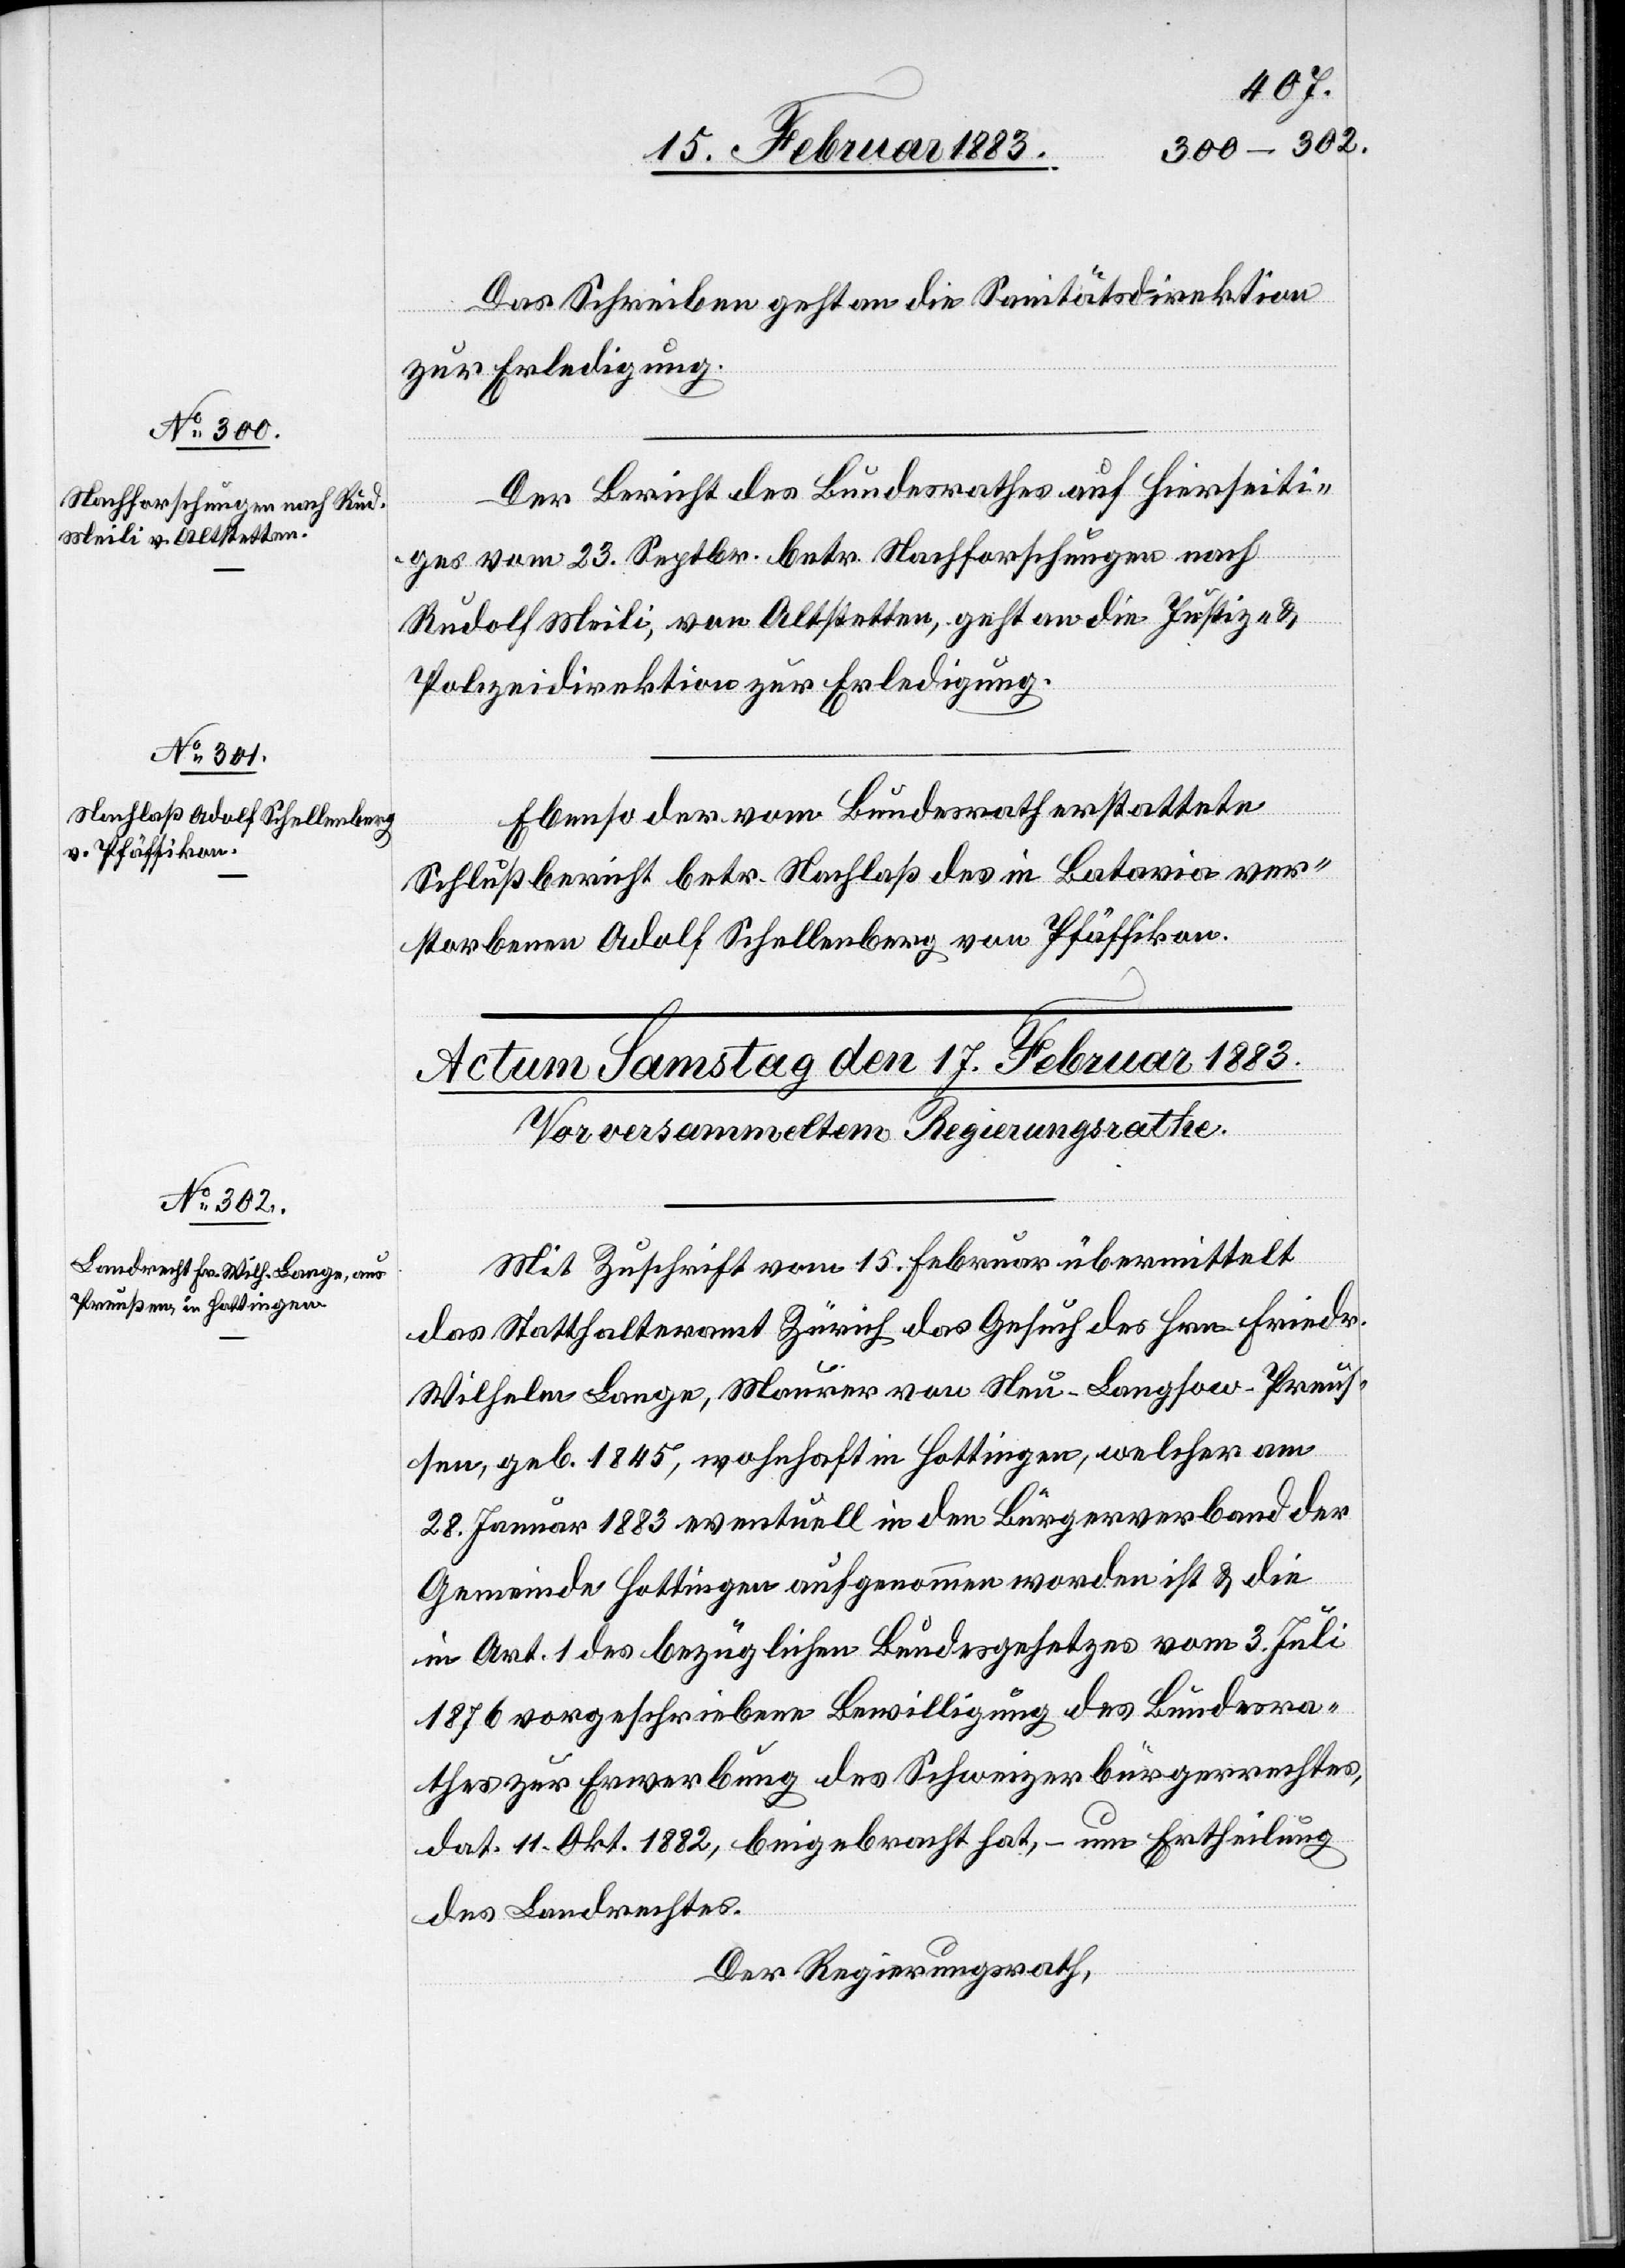
16. Februar 1883.]
Das Schreiben geht an die Sanitätsdirektion
zur Erledigung.
Der Bericht des Bundesrathes auf Hierseiti¬
ges vom 23. Septbr. betr. Nachforschungen nach
Rudolf Meili, von Altstetten, geht an die Justiz- &
Polizeidirektion zu Erledigung.
Ebenso der vom Bundesrath erstattete
Schlußbericht betr. Nachlaß des in Batavia ver¬
storbenen Adolf Schellenberg von Pfäffikon.
Mit Zuschrift vom 15. Februar übermittelt
das Statthalteramt Zürich das Gesuch des Hrn. Friedr.
Wilhelm Lange, Maurer von Neu-Langsow - Preu¬
ßen, geb. 1845, wohnhaft in Hottingen, welcher am
28. Januar 1883 eventuell in den Bürgerverband der
Gemeinde Hottingen aufgenommen worden ist & die
in Art. 1 des bezüglichen Bundesgesetzes vom 3. Juli
1876 vorgeschriebene Bewilligung des Bundesra¬
thes zur Erwerbung des Schweizerbürgerrechtes,
dat. 11. Okt. 1882, beigebracht hat, – um Ertheilung
des Landrechtes.
Der Regierungsrath,